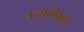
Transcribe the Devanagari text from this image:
उत्सवांबद्दल